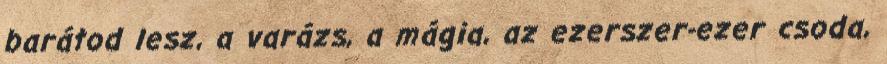
barátod lesz, a varázs, a mágia, az ezerszer-ezer csoda,